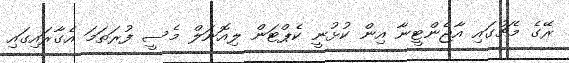
ރޭގެ މެޗުގައި އާޖެންޓީނާ އިން ކުޅުނީ ކެޕްޓަން ލިއޮނަލް މެސީ ފުރަތަމަ އެގާރައިގައި